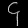
Digit: ၄